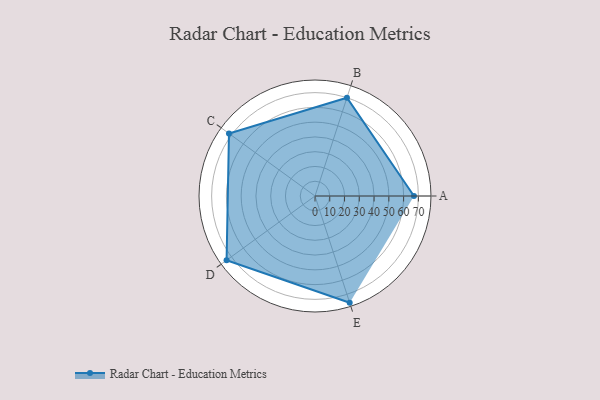
{"axis": {"x": "Skill", "y": "Score"}, "legend": ["Profile"], "data": [{"x": "A", "y": 67.0, "type": "Profile"}, {"x": "B", "y": 70.0, "type": "Profile"}, {"x": "C", "y": 72.0, "type": "Profile"}, {"x": "D", "y": 74.0, "type": "Profile"}, {"x": "E", "y": 76.0, "type": "Profile"}]}